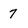
Character: 7